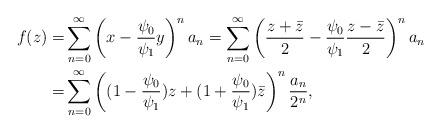
LaTeX: \begin{align*}f(z)= & \sum_{n=0}^{\infty}\left( x - \frac{ \psi_0}{\psi_1} y \right)^n a_n = \sum_{n=0}^{\infty}\left( \frac{z +\bar z}{2} - \frac{ \psi_0}{\psi_1} \frac{z -\bar z}{2} \right)^n a_n \\= & \sum_{n=0}^{\infty}\left( (1 - \frac{ \psi_0}{\psi_1} ) z + (1 + \frac{ \psi_0}{\psi_1} ) \bar z \right)^n \frac{ a_n}{2^n}, \end{align*}